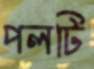
পলটি